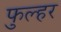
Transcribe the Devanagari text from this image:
फुल्हर